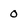
Character: 0